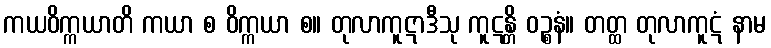
ကယဝိက္ကယာတိ ကယာ စ ဝိက္ကယာ စ။ တုလာကူဋာဒီသု ကူဋန္တိ ဝဉ္စနံ။ တတ္ထ တုလာကူဋံ နာမ